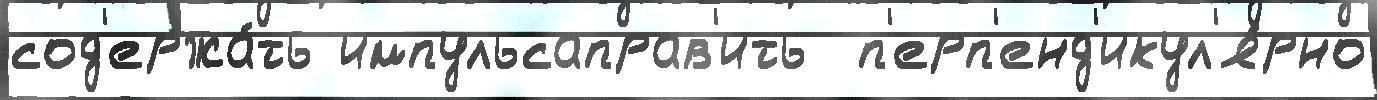
сод'ержа́ть импульсаправ'ить  п'ерп'енд'икул'я́рно